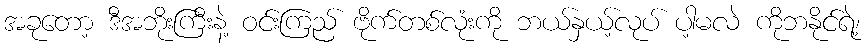
အခုတော့ ဒီအဘိုးကြီးနဲ့ ဝင်းကြည် ဗိုက်တစ်လုံးကို ဘယ်နှယ့်လုပ် ပါ့မလဲ ကိုဘနိုင်ရဲ့၊